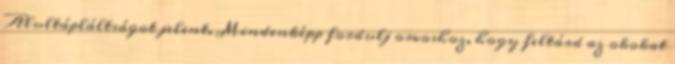
Alultápláltságot jelent. Mindenképp fordulj orvoshoz, hogy feltárd az okokat